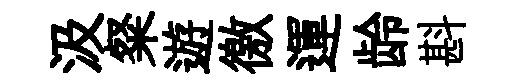
汲粲遊徼運龄斟